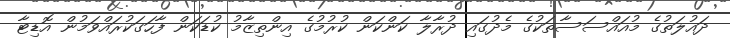
ދައުލަތުގެ މުއައްސަސާތަކުގެ މެދުގައި ދުރާލާ ކަންކަން ކުރުމުގެ އިންތިޒާމު ކުޑަކަން ފާހަގަކުރައްވަމުން އޮޑިޓާ